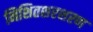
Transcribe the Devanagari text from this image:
निशितशरशरण